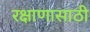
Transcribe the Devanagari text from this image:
रक्षाणासाठी